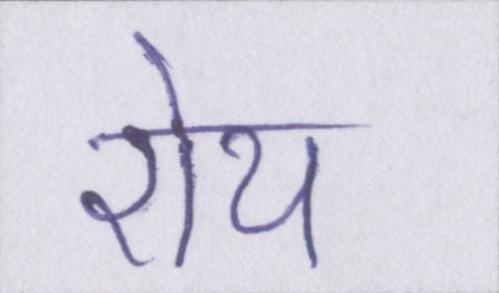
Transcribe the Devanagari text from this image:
रोय